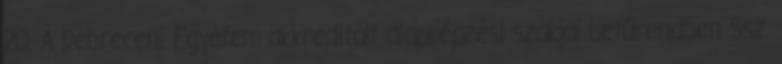
20. A Debreceni Egyetem akkreditált alapképzési szakjai betűrendben Ssz.